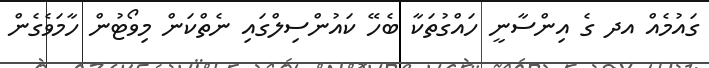
ގައުމެއް އދ ގެ އިންސާނީ ހައްގުތަކާ ބެހޭ ކައުންސިލްގައި ނެތްކަން މިވޯޓުން ހާމަވެގެން